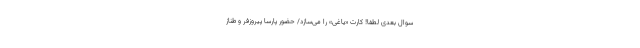
سوال بعدی لطفا! کارت «یاغی» را می‌سازد/ حضور پارسا پیروزفر و طناز